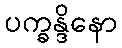
ပက္ခန္ဒိနော